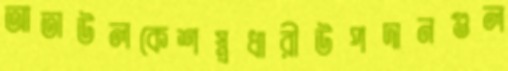
আতাউলকেশস্ত্রধারীউপদানগুল